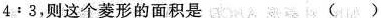
$$4﹔3$$，则这个菱形的面积是 ( )